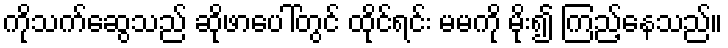
ကိုသက်ဆွေသည် ဆိုဖာပေါ်တွင် ထိုင်ရင်း မမကို မိုး၍ ကြည့်နေသည်။